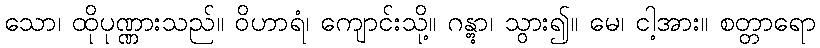
သော၊ ထိုပုဏ္ဏားသည်။ ဝိဟာရံ၊ ကျောင်းသို့။ ဂန္တွာ၊ သွား၍။ မေ၊ ငါ့အား။ စတ္တာရော